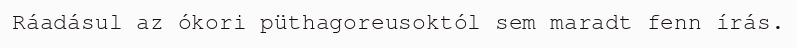
Ráadásul az ókori püthagoreusoktól sem maradt fenn írás.